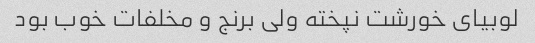
لوبیای خورشت نپخته ولی برنج و مخلفات خوب بود